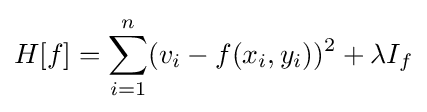
H[f]=\sum _{i=1}^{n}(v_{i}-f(x_{i},y_{i}))^{2}+\lambda I_{f}